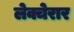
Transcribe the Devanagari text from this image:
लेक्चेरार